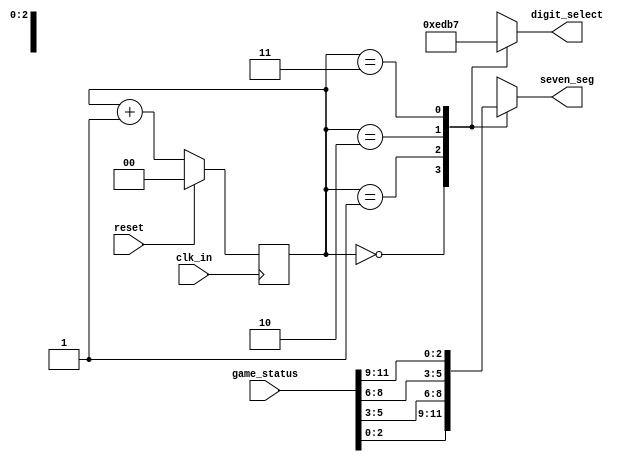
`timescale 1ns / 1ps
module display_control_led(digit_select, seven_seg, game_status, clk_in, reset);
  output reg [3:0] digit_select;
  output reg [2:0] seven_seg;
  input [11:0] game_status;
  input clk_in, reset;
  reg [1:0] count;
  always @ (posedge clk_in) begin   //Code for 2-bit number
    if (reset) begin
      count <= 0;
    end
    else begin
      count <= count + 1'b1;
    end
  end
  always @ (*) begin    //Code for the digit_select mux
    case (count)
      2'b00: digit_select = 4'b1110;
      2'b01: digit_select = 4'b1101;
      2'b10: digit_select = 4'b1011;
      2'b11: digit_select = 4'b0111;
    endcase
  end
  always @ (*) begin    //Code for the seven_seg mux
    case (count)
     2'b00: seven_seg = game_status[2:0];
     2'b01: seven_seg = game_status[5:3];
     2'b10: seven_seg = game_status[8:6];
     2'b11: seven_seg = game_status[11:9];
    endcase
  end
endmodule